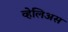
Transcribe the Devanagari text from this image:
व्हेलिअस